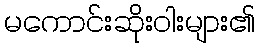
မကောင်းဆိုးဝါးများ၏